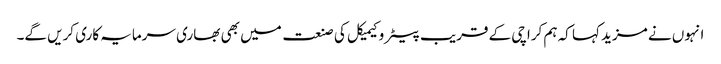
انہوں نے مزید کہا کہ ہم کراچی کے قریب پیٹرو کیمیکل کی صنعت میں بھی بھاری سرمایہ کاری کریں گے۔